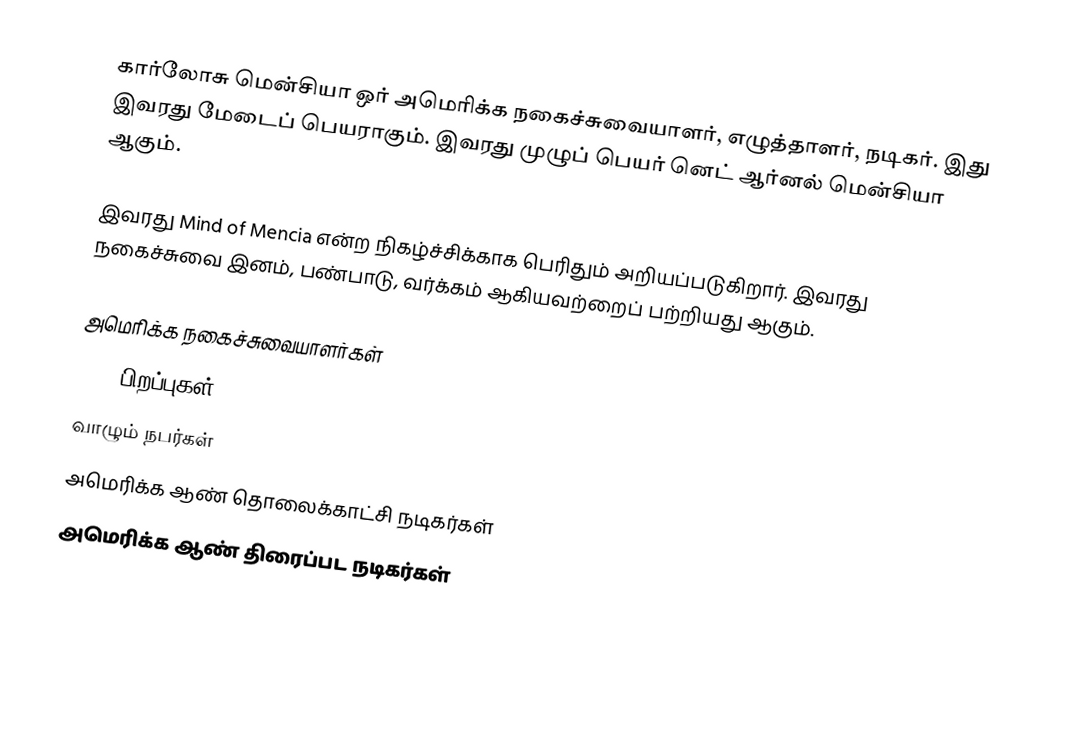
கார்லோசு மென்சியா ஒர் அமெரிக்க நகைச்சுவையாளர், எழுத்தாளர், நடிகர். இது இவரது மேடைப் பெயராகும். இவரது முழுப் பெயர் னெட் ஆர்னல் மென்சியா ஆகும்.

இவரது Mind of Mencia என்ற நிகழ்ச்சிக்காக பெரிதும் அறியப்படுகிறார். இவரது நகைச்சுவை இனம், பண்பாடு, வர்க்கம் ஆகியவற்றைப் பற்றியது ஆகும்.

அமெரிக்க நகைச்சுவையாளர்கள்
1967 பிறப்புகள்
வாழும் நபர்கள்
அமெரிக்க ஆண் தொலைக்காட்சி நடிகர்கள்
அமெரிக்க ஆண் திரைப்பட நடிகர்கள்